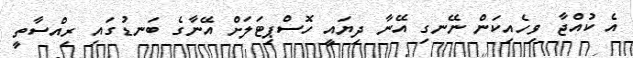
އެ ކުއްޖާ ވިހެއިކަން ނޭނގި އޭނާ ދިޔައީ ހޮސްޕިޓަލަށް އޭނާގެ ބަނޑުގައި ރިއްސާތީ